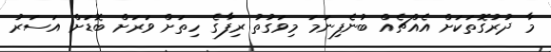
މާ ދުރުގޮތަކަށް އެއްޗެއް ބުނެފިނަމަ މިވަގުތު ރިފާގެ ހިތަށް ވަރަށް ބޮޑަށް އަސަރު